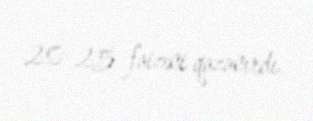
20-25 faizini qazanırdı.